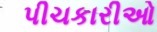
પીચકારીઓ